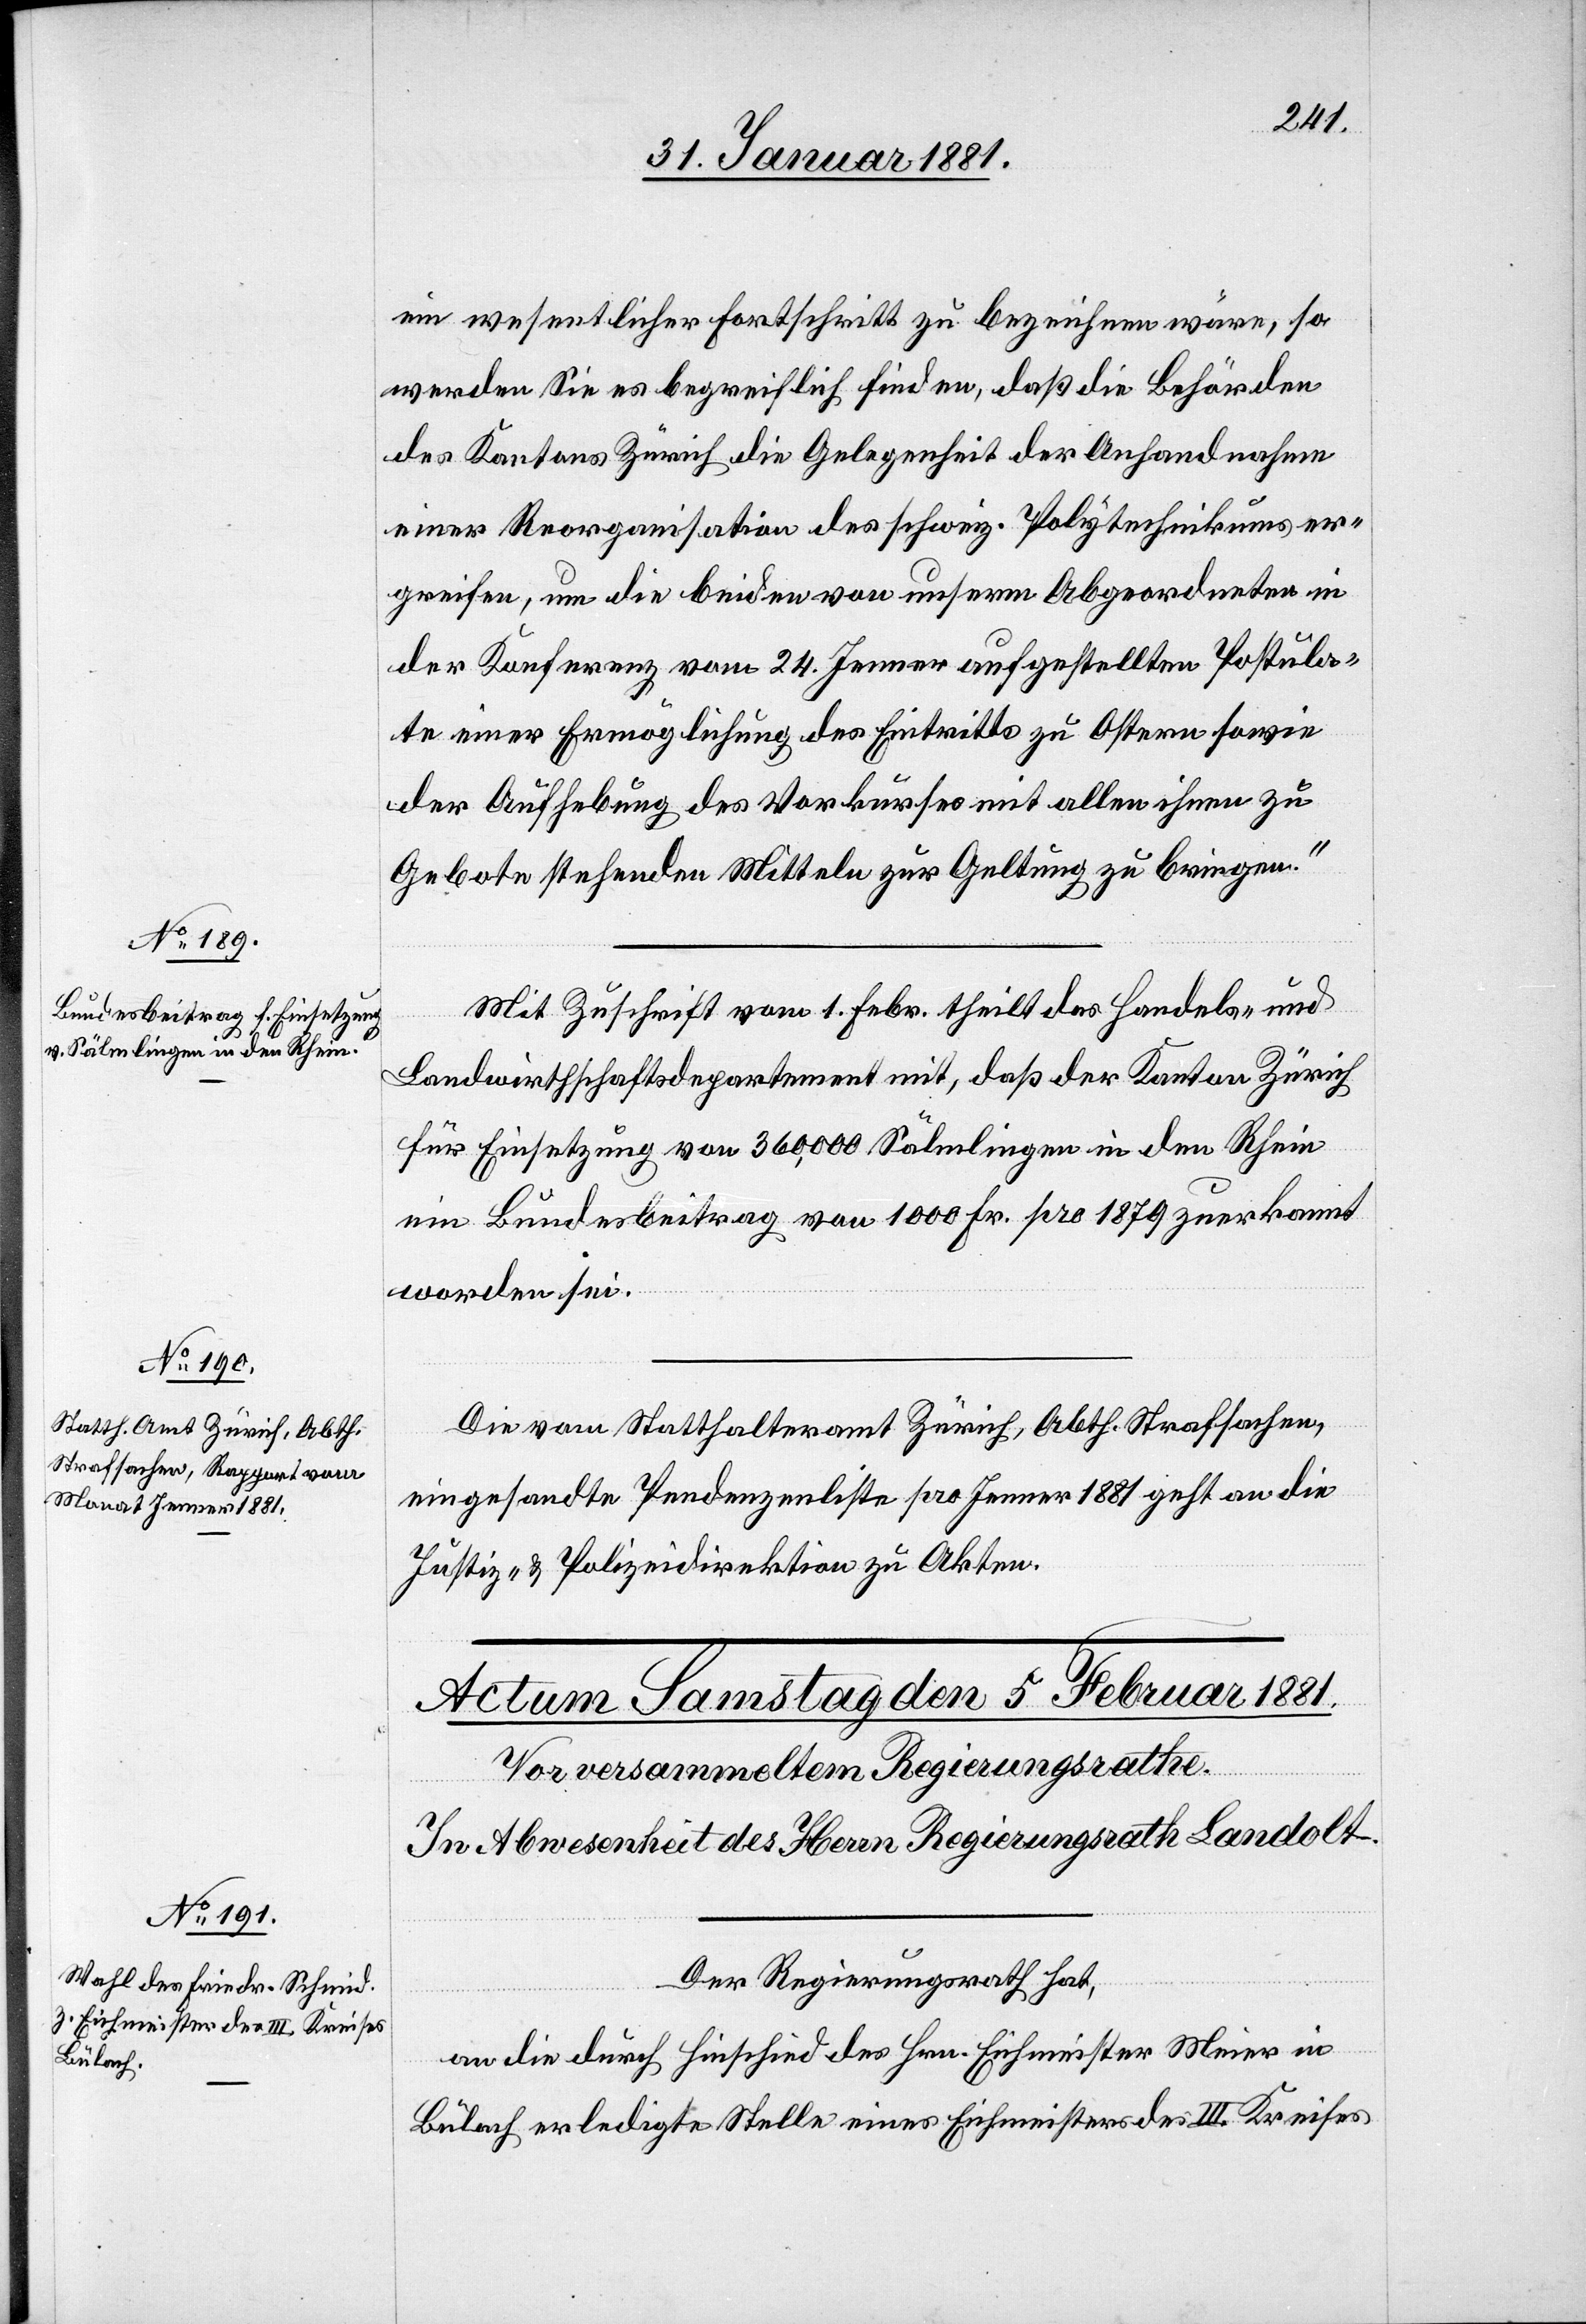
ein wesentlichen Fortschritt zu bezeichnen wäre, so
werden Sie es begreiflich finden, daß die Behörden
des Kantons Zürich die Gelegenheit der Anhandnahme
einer Reorganisation des schweiz. Polytechnikums er¬
greifen, um die beiden von unserm Abgeordneten in
der Konferenz vom 24. Jenner aufgestellten Postula¬
te einer Ermöglichung des Eintritts zu Ostern sowie
der Aufhebung des Vorkurses mit allen ihnen zu
Gebote stehenden Mitteln zur Geltung zu bringen.“
Mit Zuschrift vom 1. Febr. theilt das Handels- und
Landwirthschaftsdepartement mit, daß der Kanton Zürich
für Einsetzung von 360,000 Sämlingen in den Rhein
ein Bundesbeitrag von 1000 Fr. pro 1879 zuerkannt
worden sei.
Die vom Statthalteramt Zürich, Abth. Strafsachen,
eingesandte Pendenzenliste pro Jenner 1881 geht an die
Justiz- & Polizeidirektion zu Akten.
Der Regierungsrath hat,
an die durch Hinschied des Hrn. Eichmeister Meier in
Bülach erledigte Stelle eines Eichmeisters des III. Kreises